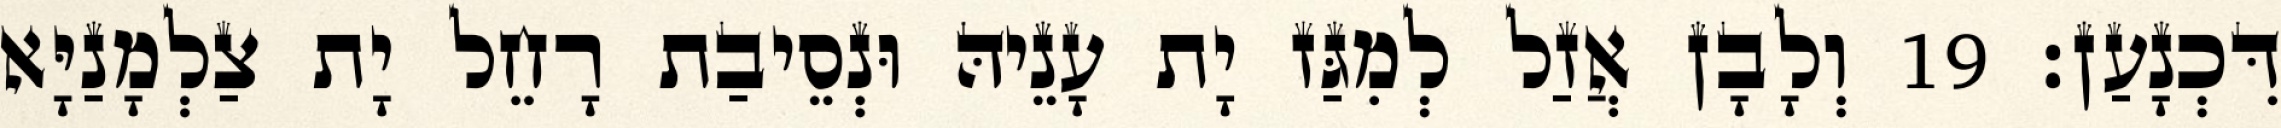
דִּכְנָעַן׃ 19 וְלָבָן אֲזַל לְמִגַּז יָת עָנֵיהּ וּנְסֵיבַת רָחֵל יָת צַלְמָנַיָּא